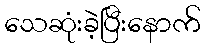
သေဆုံးခဲ့ပြီးနောက်